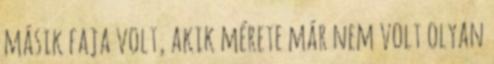
másik faja volt, akik mérete már nem volt olyan